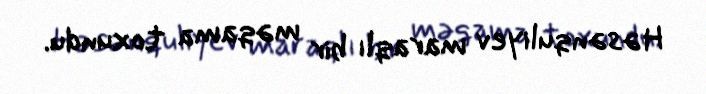
Həsənquliyev maraqlı bir məqama toxundu.